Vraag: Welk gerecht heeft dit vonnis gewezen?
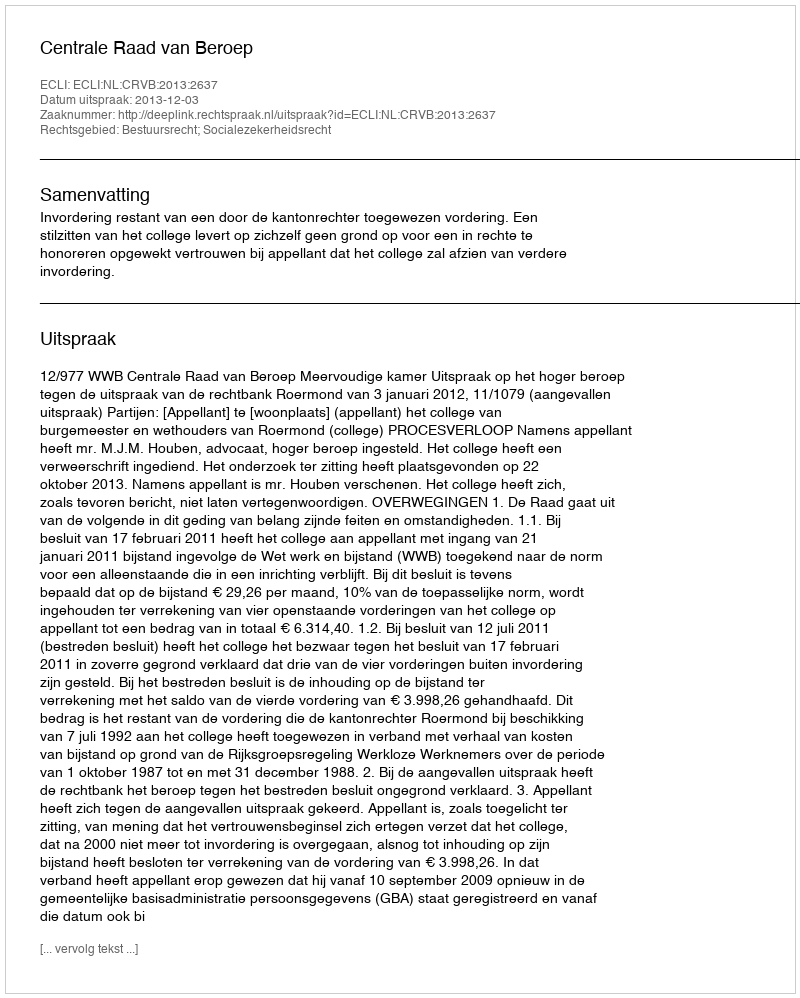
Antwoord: Centrale Raad van Beroep